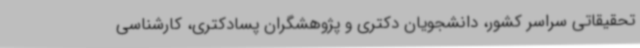
تحقیقاتی سراسر کشور، دانشجویان دکتری و پژوهشگران پسادکتری، کارشناسی